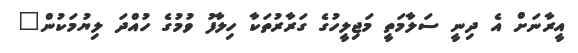
އީރާނަށް އެ ދިނީ ސަލާމަތީ މަޖިލީހުގެ ގަރާރުތަކާ ހިލާފު ވުމުގެ ހުއްދަ ލިޔުމަކުން"